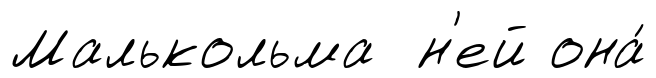
Малькольма н'ей она́